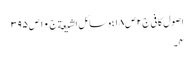
اصول کافی ج٢ ص ١٨؛ وسائل الشیعة ج١٠ ص ٣٩٥
٤۔